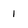
Character: 1